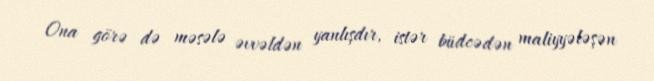
Ona görə də məsələ əvvəldən yanlışdır, istər büdcədən maliyyələşən